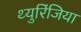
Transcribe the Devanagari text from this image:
थ्युरिंजिया